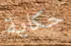
حكاية